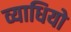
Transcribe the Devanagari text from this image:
व्याधियो